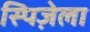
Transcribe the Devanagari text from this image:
स्पिज़ेला